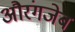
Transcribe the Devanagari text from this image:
अौरंगजेब